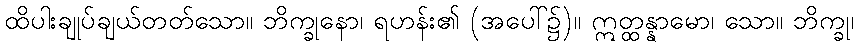
ထိပါးချုပ်ချယ်တတ်သော။ ဘိက္ခုနော၊ ရဟန်း၏ (အပေါ်၌)။ ဣတ္ထန္နာမော၊ သော။ ဘိက္ခု၊